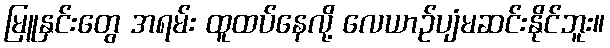
မြူနှင်းတွေ အရမ်း ထူထပ်နေလို့ လေယာဉ်ပျံမဆင်းနိုင်ဘူး။